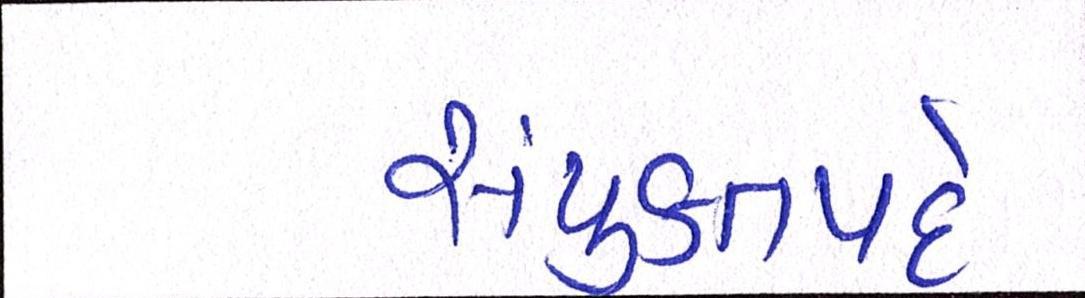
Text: સંયુક્તપદે